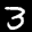
Label: 3